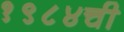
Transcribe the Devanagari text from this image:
१९८४ची